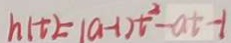
h ( t ) = ( a - 1 ) t ^ { 2 } - a t - 1